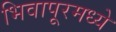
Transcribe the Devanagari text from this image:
भिवापूरमध्ये